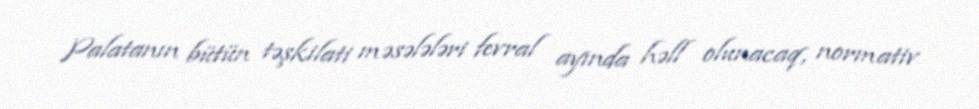
Palatanın bütün təşkilati məsələləri fevral ayında həll olunacaq, normativ